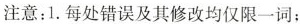
注意:1.每处错误及其修改均仅限一词;